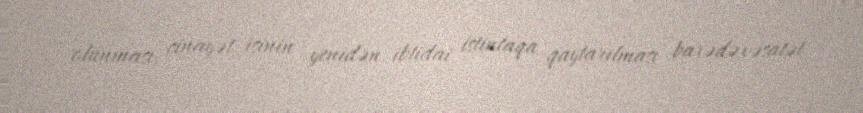
olunması, cinayət işinin yenidən ibtidai istintaqa qaytarılması barədə vəsatət